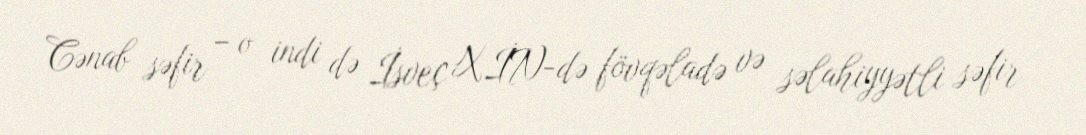
Cənab səfir – o indi də İsveç XİN-də fövqəladə və səlahiyyətli səfir